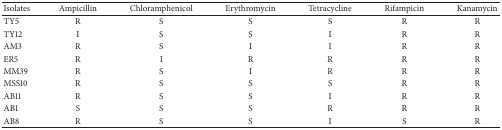
<table><thead><tr><td><b>Isolates</b></td><td><b>Ampicillin</b></td><td><b>Chloramphenicol</b></td><td><b>Erythromycin</b></td><td><b>Tetracycline</b></td><td><b>Rifampicin</b></td><td><b>Kanamycin</b></td></tr></thead><tbody><tr><td>TY5</td><td>R</td><td>S</td><td>S</td><td>S</td><td>R</td><td>R</td></tr><tr><td>TY12</td><td>I</td><td>S</td><td>S</td><td>I</td><td>R</td><td>R</td></tr><tr><td>AM3</td><td>R</td><td>S</td><td>I</td><td>I</td><td>R</td><td>R</td></tr><tr><td>ER5</td><td>R</td><td>I</td><td>R</td><td>R</td><td>R</td><td>R</td></tr><tr><td>MM39</td><td>R</td><td>S</td><td>I</td><td>R</td><td>R</td><td>R</td></tr><tr><td>MSS10</td><td>R</td><td>S</td><td>S</td><td>S</td><td>R</td><td>R</td></tr><tr><td>AB11</td><td>R</td><td>S</td><td>S</td><td>I</td><td>R</td><td>R</td></tr><tr><td>AB1</td><td>S</td><td>S</td><td>S</td><td>R</td><td>R</td><td>R</td></tr><tr><td>AB8</td><td>R</td><td>S</td><td>S</td><td>I</td><td>S</td><td>R</td></tr></tbody></table>